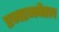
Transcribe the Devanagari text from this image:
एमएमबैरल